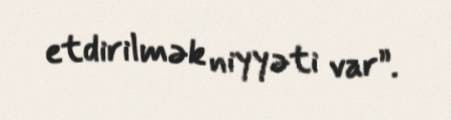
etdirilmək niyyəti var”.